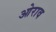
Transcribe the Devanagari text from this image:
ओराव